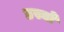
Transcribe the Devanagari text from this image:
डस्यो